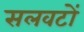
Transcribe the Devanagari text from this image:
सलवटों